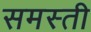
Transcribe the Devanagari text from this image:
समस्ती